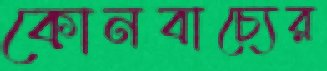
কোনবাচ্যের